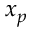
x _ { p }